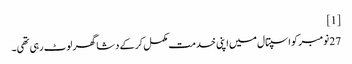
[1]
27 نومبر کو اسپتال میں اپنی خدمت مکمل کر کے دشا گھر لوٹ رہی تھی۔